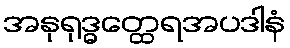
အနုရုဒ္ဓတ္ထေရအပဒါနံ